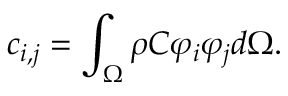
c _ { i , j } = \int _ { \Omega } \rho C \varphi _ { i } \varphi _ { j } d \Omega .